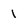
Character: 1